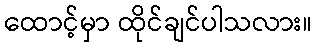
ထောင့်မှာ ထိုင်ချင်ပါသလား။